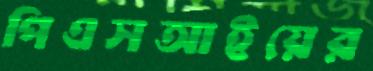
পিএসআইয়ের